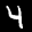
Label: 4